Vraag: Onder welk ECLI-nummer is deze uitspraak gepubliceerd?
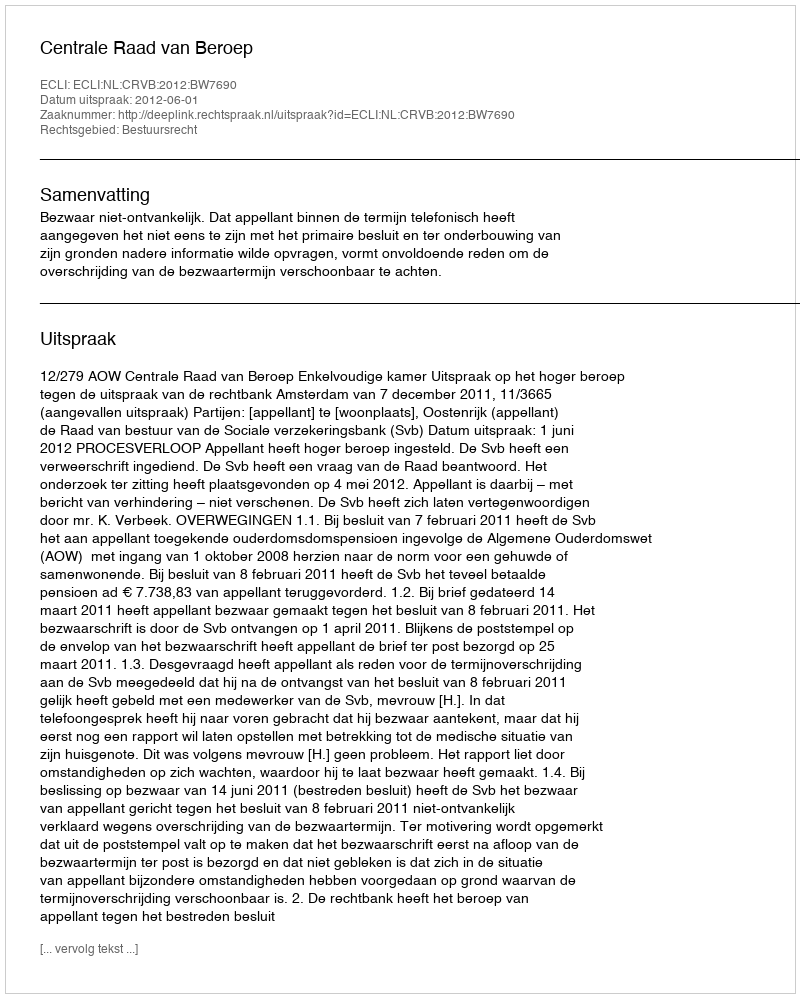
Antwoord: ECLI:NL:CRVB:2012:BW7690